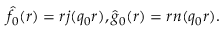
\hat { f } _ { 0 } ( r ) = r j ( q _ { 0 } r ) , \hat { g } _ { 0 } ( r ) = r n ( q _ { 0 } r ) .